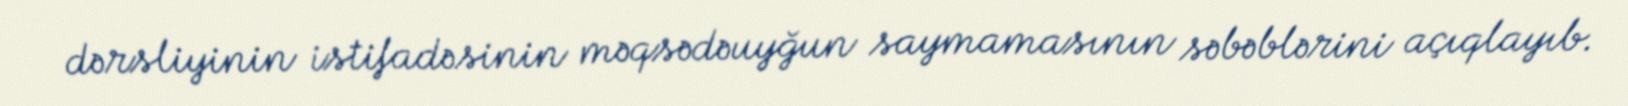
dərsliyinin istifadəsinin məqsədəuyğun saymamasının səbəblərini açıqlayıb.